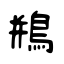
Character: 鵧